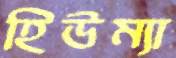
হিউম্যা